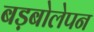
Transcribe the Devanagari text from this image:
बड़बोलेपन